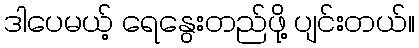
ဒါပေမယ့် ရေနွေးတည်ဖို့ ပျင်းတယ်။